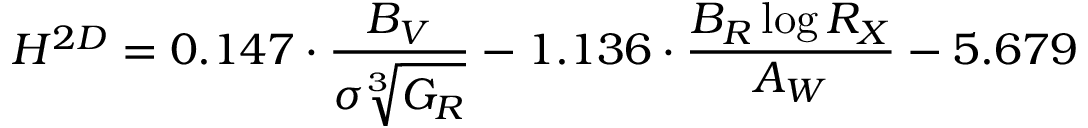
{ H ^ { 2 D } = 0 . 1 4 7 \cdot \frac { B _ { V } } { \sigma \sqrt [ 3 ] { G _ { R } } } - 1 . 1 3 6 \cdot \frac { B _ { R } \log { R _ { X } } } { A _ { W } } - 5 . 6 7 9 }